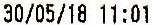
30/05/18 11:01